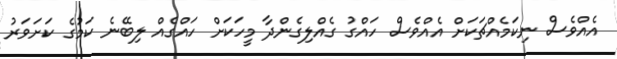
އެއްވެސް ނިކަމެއްޗަކަށް އެއްވެސް ހައްގު ގެއްލިގެންދާ މީހަކަށް ހައްގެއް ލިބޭނެ ކަމުގެ ކަށަވަރު